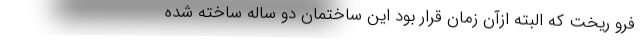
فرو ریخت که البته ازآن زمان قرار بود این ساختمان دو ساله ساخته شده